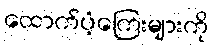
ထောက်ပံ့ကြေးများကို